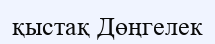
қыстақ Дөңгелек